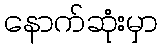
နောက်ဆုံးမှာ